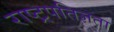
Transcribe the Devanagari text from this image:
राष्ट्रपतिज्ञता